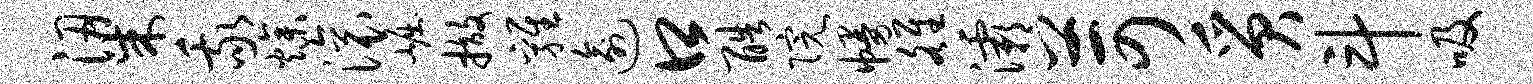
梁我燥滚崛撤鸡逾口酷院幔雒灞苛质斗吸